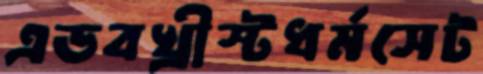
এডবখ্রীস্টধর্মসেট